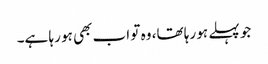
جو پہلے ہو رہا تھا، وہ تو اب بھی ہو رہا ہے۔